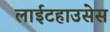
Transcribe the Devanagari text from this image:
लाईटहाउसेस